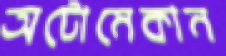
অটোমেকান